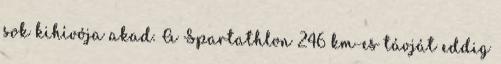
sok kihívója akad. A Spartathlon 246 km-es távját eddig